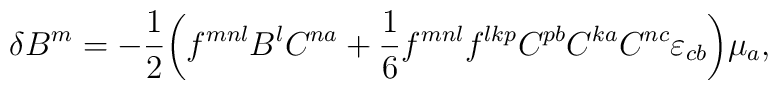
\delta B^m=-\frac{1}{2}\bigg(f^{mnl}B^lC^{na}+\frac{1}{6}f^{mnl}f^{lkp}C^{pb} C^{ka}C^{nc}\varepsilon_{cb}\bigg)\mu_a,